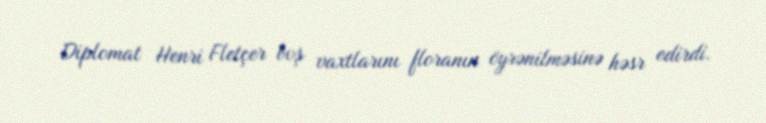
Diplomat Henri Fletçer boş vaxtlarını floranın öyrənilməsinə həsr edirdi.